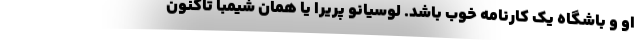
او و باشگاه یک کارنامه خوب باشد. لوسیانو پریرا یا همان شیمبا تاکنون